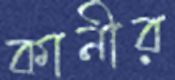
কানীর